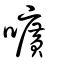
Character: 嚝